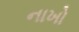
નાખો